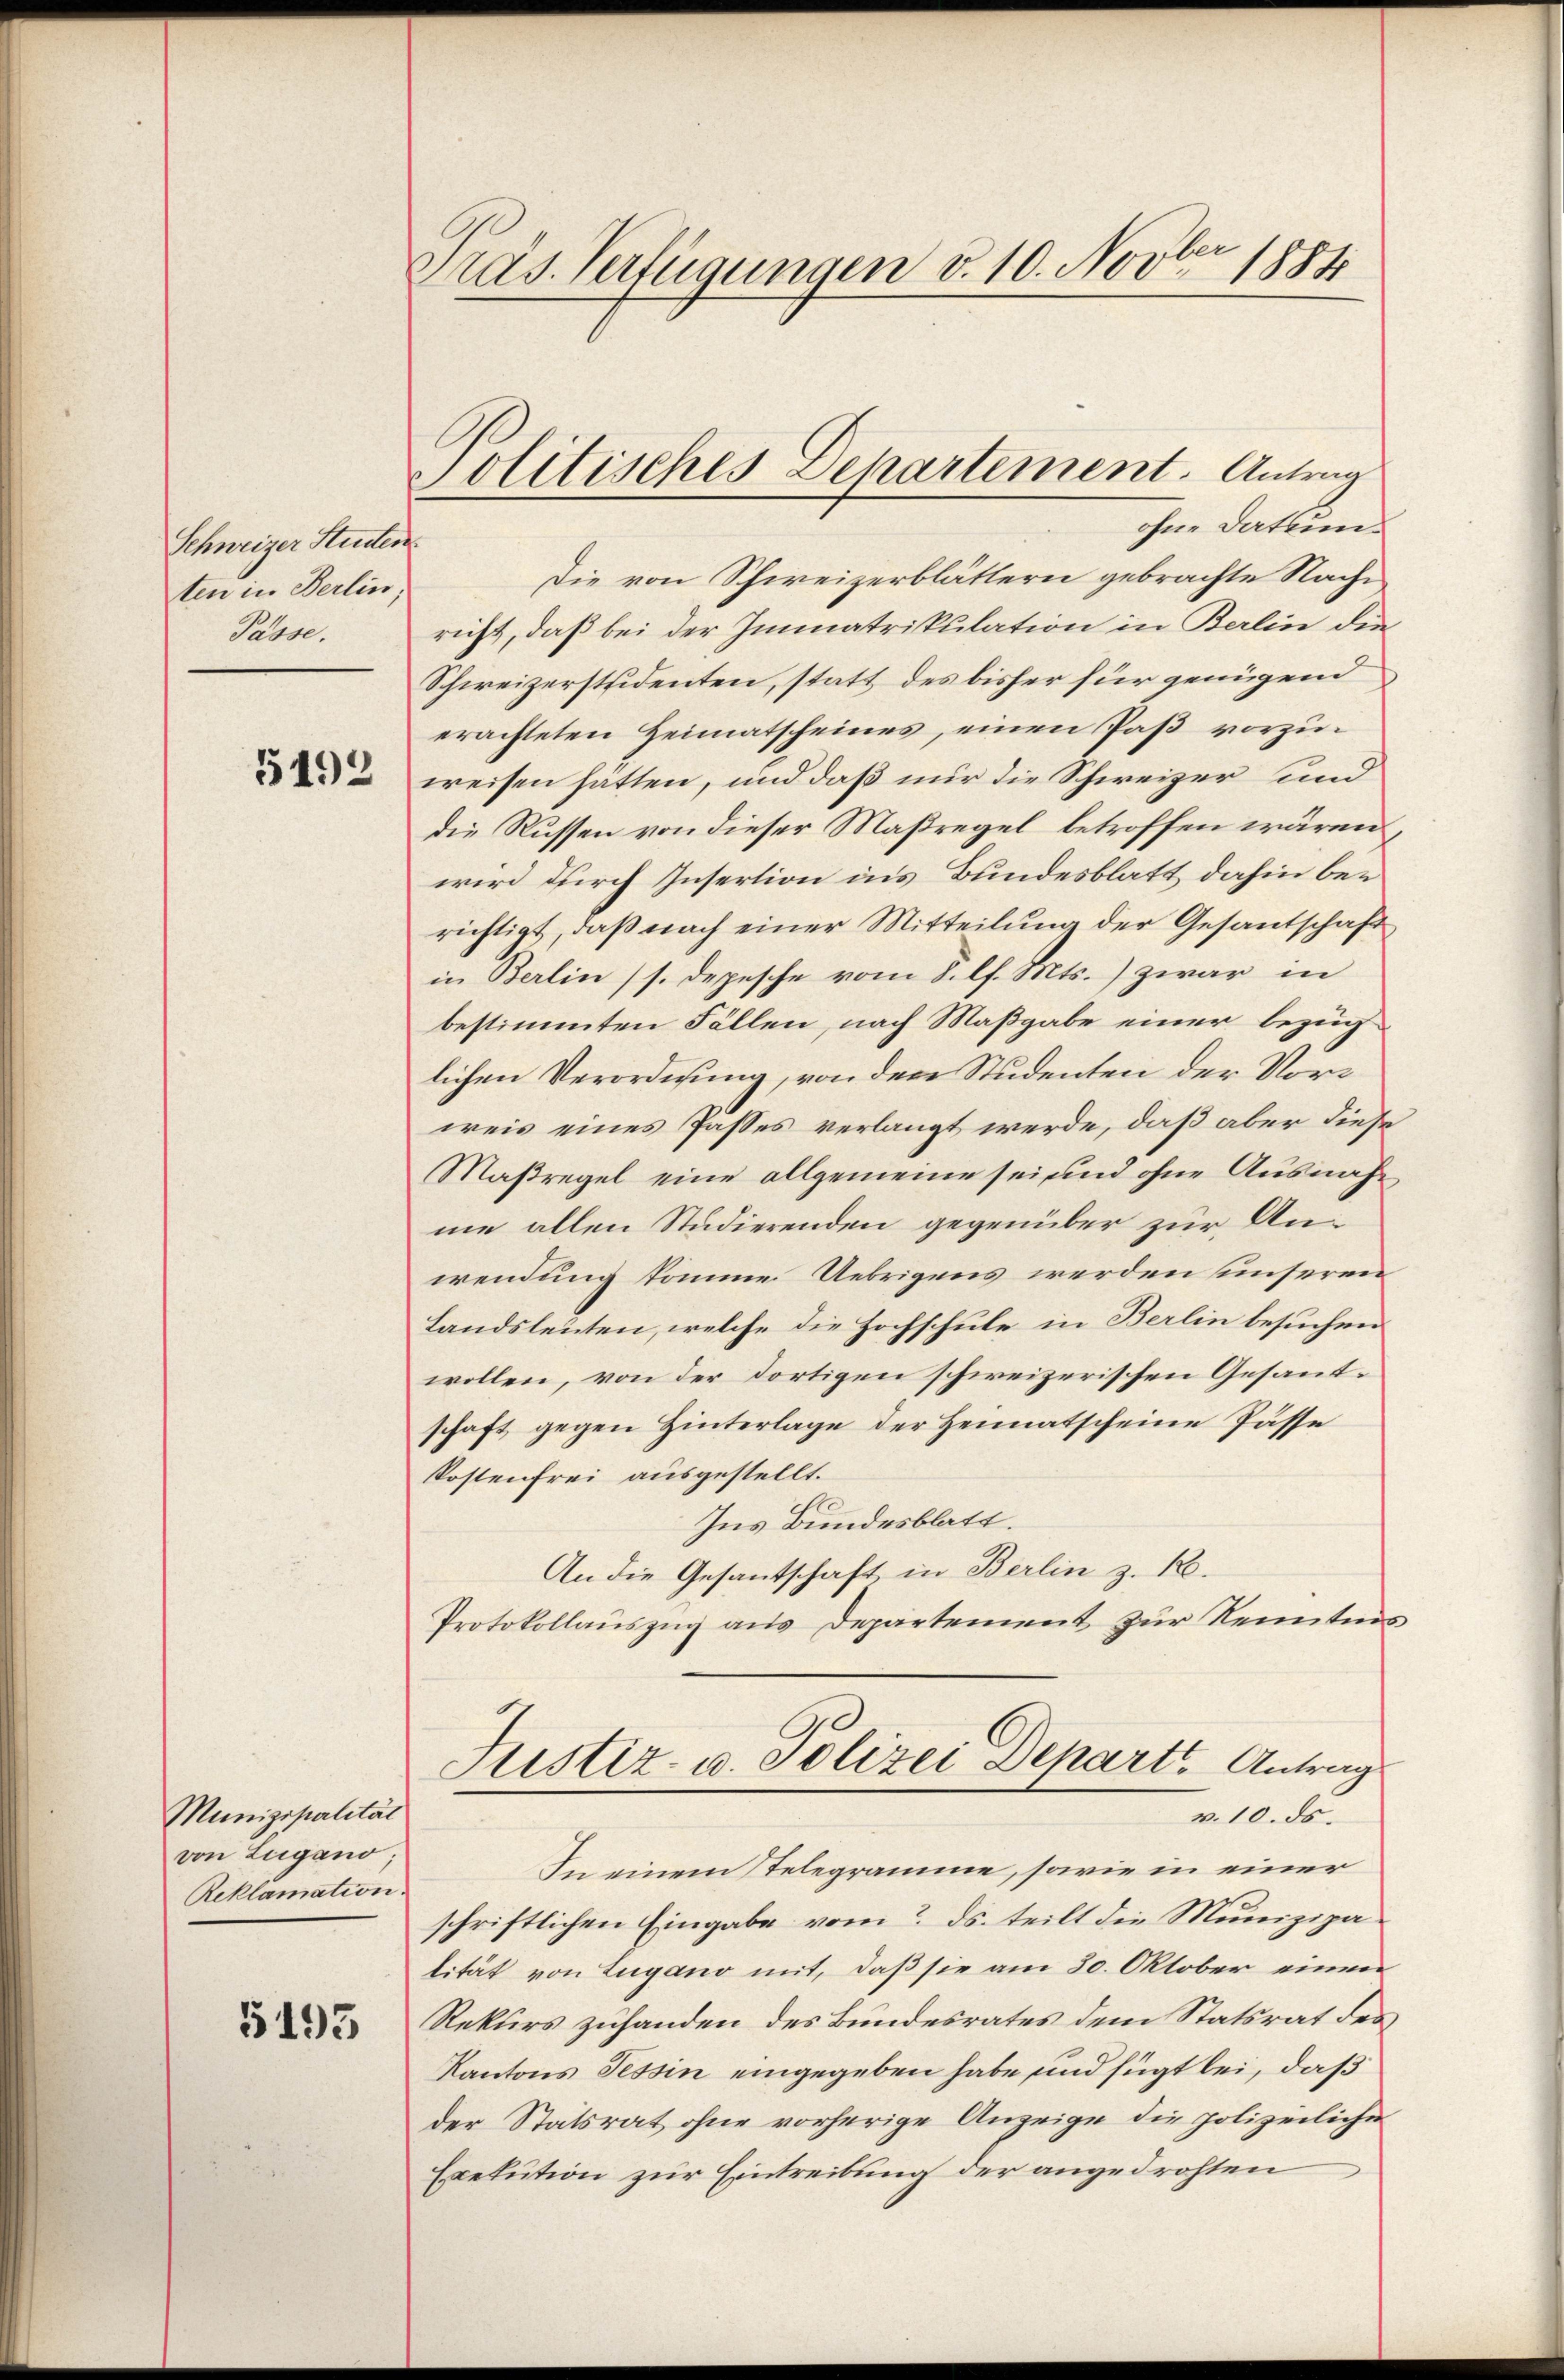
Schweizer Studen
ten in Berlin,
Pässe.

5492

Munizipalität
von Lugano,
Reklamation.

5193

Pras. Verfügungen v. 10. Novber 1884

Politisches Departement. Antrag
ohne Datum

Die von Schweizerblättern gebrachte Nache
richt, daß bei der Immatrikulation in Berlin die
Schweizerstsidenten, statt des bisher für genügend
erachteten Heimatscheines, einen Paß vorzuwreisen hatten, und daß nur die Schweizer und
die Russen von dieser Maßregel betroffen wären
wird durch Insertion in’s Bundesblatt dahin bei
richtigt, daß nach einer Mitteilung der Gesantschaft
in Berlin (s. Depesche vom 8. l. Mts.) zwar in
bestimmten Fällen, nach Maßgabe einer bezug
lichen Verordnung, von den Studenten der Vorweis eines Passes verlangt werde, daß aber diese
Maßregel eine allgemeine sei und ohne Ausnahme allen Studierenden gegenüber zur Anwendung komme Uebrigens werden unseren
Landsleuten, welche die Hochschule in Berlin besuchen
wollen, von der dortigen schweizerischen Gesandschaft gegen Hinterlage der Heimatscheine Pässe
Kostenfrei ausgestellt.
Ins Bundesblatt.
An die Gesantschaft in Berlin z. R.
Protokollauszug aus Departement zur Kenntnis

In einem Stelegramme, sowie in einer
schriftlichen Eingabe vom 2. ds. teilt die Munizipatität von Lugano mit, daß sie am 30. Oktober einen
Rekurs zuhanden des Bundesrates dem Statsrat des
Kantons Tessin eingegeben habe und fügt bei, daß
der Statsrat ohne vorherige Anzeige die polizeiliche
Exekution zur Eintreibung der angedrohten

Justiz- u. Polizei Depart. Antrag
v. 10. ds.